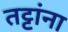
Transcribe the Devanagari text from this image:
तट्टांना